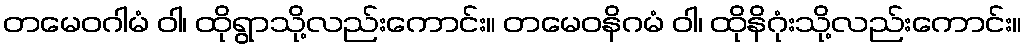
တမေဝဂါမံ ဝါ၊ ထိုရွာသို့လည်းကောင်း။ တမေဝနိဂမံ ဝါ၊ ထိုနိဂုံးသို့လည်းကောင်း။